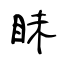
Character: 眛